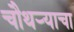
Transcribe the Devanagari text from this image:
चौथऱ्याचा